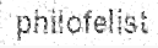
philofelist